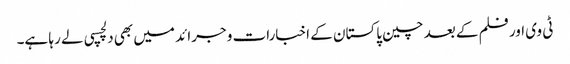
ٹی وی اور فلم کے بعد چین پاکستان کے اخبارات و جرائد میں بھی دلچسپی لے رہا ہے۔